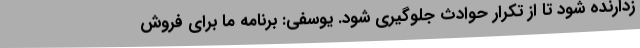
زدارنده شود تا از تکرار حوادث جلوگیری شود. یوسفی: برنامه ما برای فروش